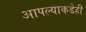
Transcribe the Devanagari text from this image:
आपल्याकडेही